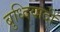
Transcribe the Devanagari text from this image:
बुध्दिवादी